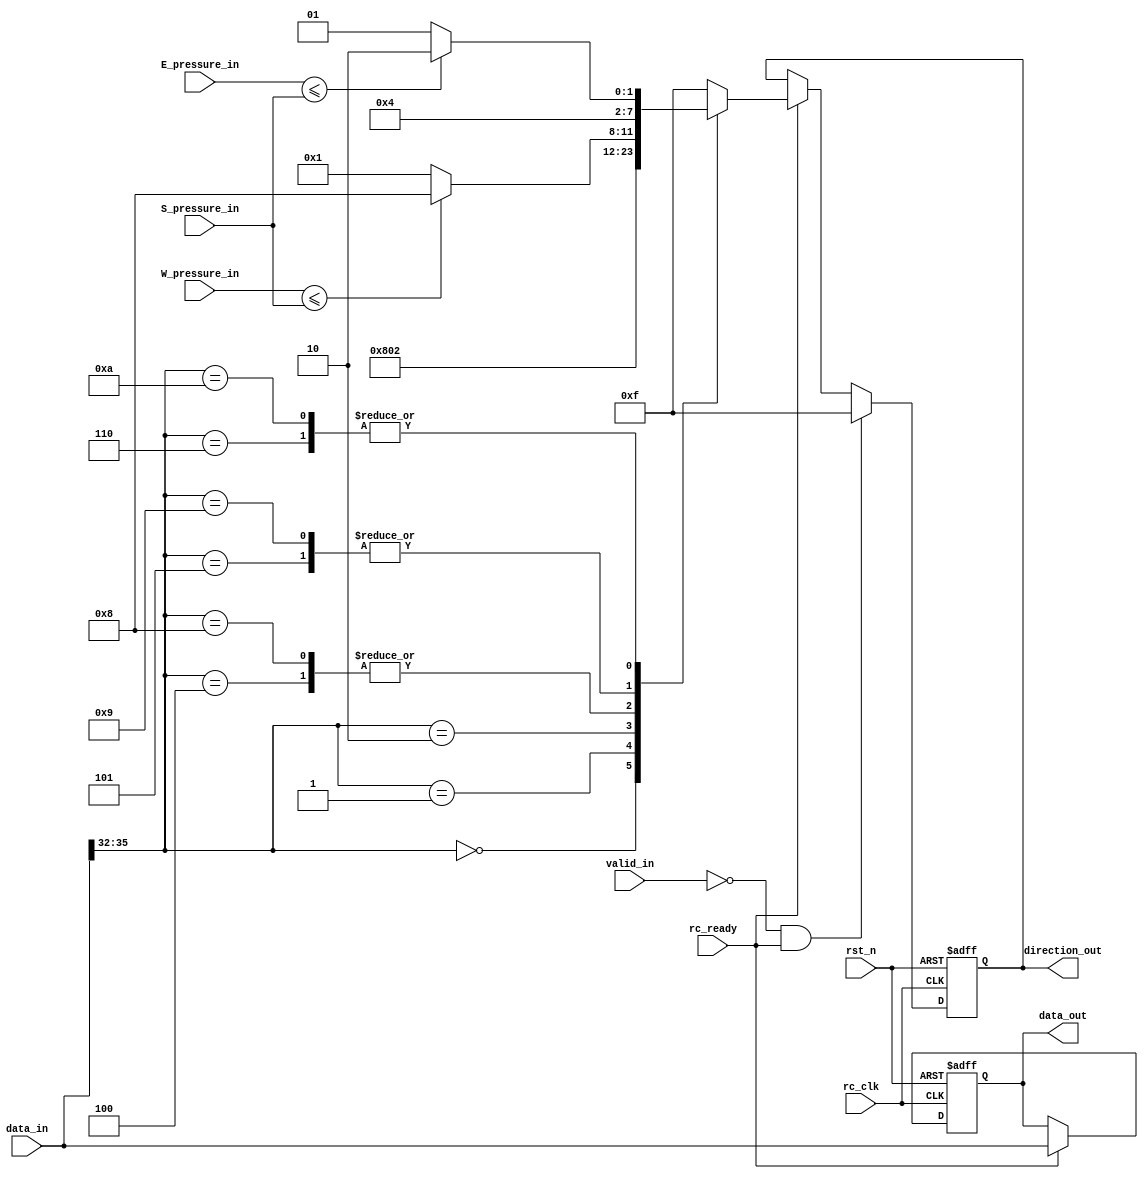

module rc_01_sub#(
  parameter DEPTH=8,
  parameter WIDTH=3,
  parameter DATASIZE=40  //src:4bit, dst:4bit, timestamp:8bit, data:22bit, type:2bit
  )(
  output reg[DATASIZE-1:0] data_out,
  output reg[3:0] direction_out,

  input wire[DATASIZE-1:0] data_in,
  input wire valid_in,
  input wire rc_ready,

  input wire[WIDTH:0] E_pressure_in,
  input wire[WIDTH:0] S_pressure_in,
  input wire[WIDTH:0] W_pressure_in,

  input wire rc_clk,
  input wire rst_n
  );

  wire[3:0] dst;
  assign dst=data_in[35:32];

  reg[3:0] direction;
  always @ (*) begin
    case (dst)
      4'b0000:direction=4'b1000;
      
      4'b0001:direction=4'b0000;

      4'b0010:direction=4'b0010;

      4'b0100:
        if (W_pressure_in<=S_pressure_in)
          direction=4'b1000;
        else
          direction=4'b0001;

      4'b0101:direction=4'b0001;

      4'b0110:
        if (E_pressure_in<=S_pressure_in)
          direction=4'b0010;
        else
          direction=4'b0001;

      4'b1000:
        if (W_pressure_in<=S_pressure_in)
          direction=4'b1000;
        else
          direction=4'b0001;

      4'b1001:direction=4'b0001;

      4'b1010:
        if (E_pressure_in<=S_pressure_in)
          direction=4'b0010;
        else
          direction=4'b0001;

      default:direction=4'b1111;

      endcase
    end

//data_out
  always@(posedge rc_clk, negedge rst_n) begin
    if(!rst_n)
      data_out<=40'b0;
    else if (rc_ready)
      data_out<=data_in;
    else
      data_out<=data_out;
  end

//direction_out
  always@(posedge rc_clk, negedge rst_n) begin
    if(!rst_n)
      direction_out<=4'b1111;
    else if(!valid_in & rc_ready)
      direction_out<=4'b1111;
    else if(!rc_ready)
      direction_out<=direction_out;
    else
      direction_out<=direction;
  end

endmodule